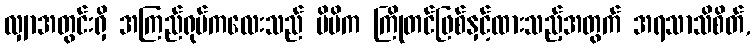
လျှာအတွင်းရှိ အကြည်ရုပ်ကလေးသည် မိမိက ကြိုတင်ဖြစ်နှင့်ထားသည့်အတွက် အရသာသိစိတ်,